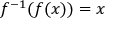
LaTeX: f ^ { - 1 } ( f ( x ) ) = x